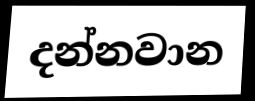
දන්නවාන